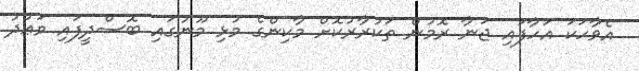
އެވާހަކަ އަހާފައި ޖަނާ ރޮމުން ތަކުރާރުކޮށް މާކިންގެ މުޅި މޫނުގައި ބޮސްދީފައި ވަޢުދު